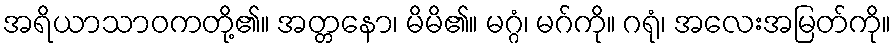
အရိယာသာဝကတို့၏။ အတ္တနော၊ မိမိ၏။ မဂ္ဂံ၊ မဂ်ကို။ ဂရုံ၊ အလေးအမြတ်ကို။